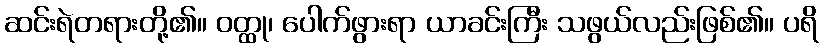
ဆင်းရဲတရားတို့၏။ ဝတ္ထု၊ ပေါက်ဖွားရာ ယာခင်းကြီး သဖွယ်လည်းဖြစ်၏။ ပရိ